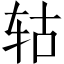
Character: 轱